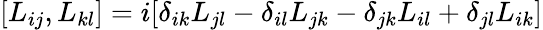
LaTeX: [L_{ij},L_{kl}]=i[\delta_{ik}L_{jl}-\delta_{il}L_{jk}-\delta_{jk}L_{il}+\delta_{jl}L_{ik}]